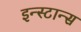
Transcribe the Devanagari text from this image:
इन्स्टान्स